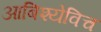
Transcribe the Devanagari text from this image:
आबिश्येविच